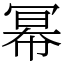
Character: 幂